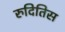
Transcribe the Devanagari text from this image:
रुदितिस